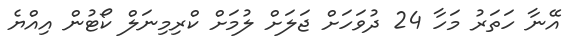
އޭނާ ހަތަރު މަހާ 24 ދުވަހަށް ޖަލަށް ލުމަށް ކްރިމިނަލް ކޯޓުން އިއްޔެ